Civil Veterinary Department. Central Provinces & Berar 1925-31 - 1925-1931
Year: 1925
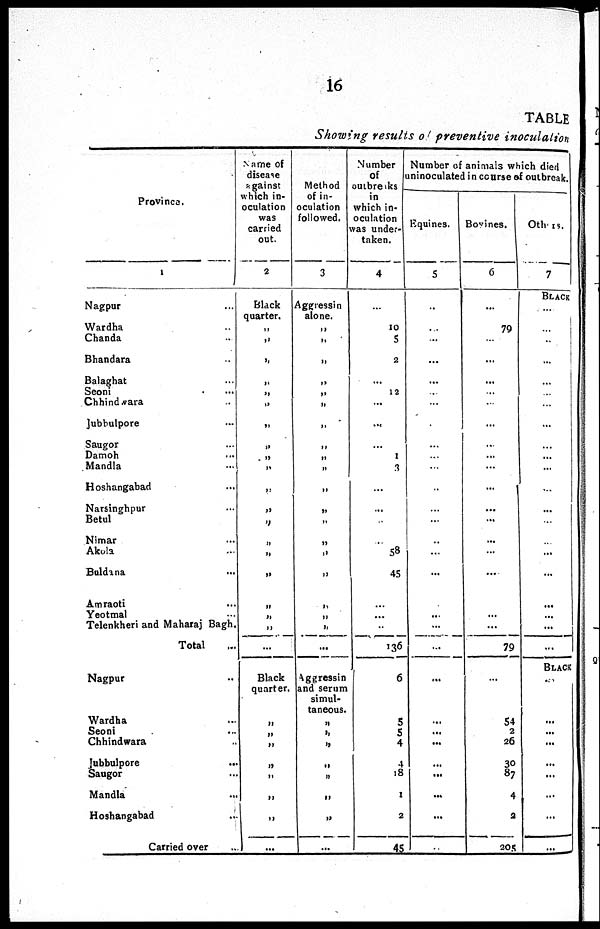
16
TABLE
Showing results of preventive inoculation
Province.
1
Nagpur ...
Wardha ...
Chanda ...
Bhandara ...
Balaghat ...
Seoni ...
Chhindnara ...
Jubbulpore ...
Sangor ...
Damoh ...
Mandla ...
Hoshangabad ...
Narslnghpur ...
Betul ...
Nimar ...
Akola ...
Buldana ...
Amraoti ...
Yeotmal ...
Telenkheri and Maharaj Bagh.
Total
Nagpar ...
Wardha ...
Seoni ...
Chhindwara ...
Jubbulpore ...
Sangor ...
Mandia ...
Hoshangabad ...
Carried over ...
Name of
disease
against
which in-
ocalation
was
carried
out.
2
Black
quarter.
„
„
„
„
„
„
„
„
„
„
„
„
„
„
„
„
„
„
„
...
Black
quarter.
„
„
„
„
„
„
„
...
Method
of in-
oculation
followed.
3
Aggressin
alone.
„
„
„
„
„
„
„
„
„
„
„
„
„
„
„
„
„
„
„
...
Aggressin
and serum
simul-
taneous.
„
„
„
„
„
„
„
...
Number
Of
outbreaks
in
which in-
oculation
was under-
taken.
4
...
...
10
5
2
...
12
...
...
...
1
3
...
...
..
..
58
45
...
...
..
136
6
5
5
4
4
18
1
2
45
Number of animals which died
uninocalated in course of outbreak.
Equines.
5
...
...
...
...
...
...
...
...
...
...
...
...
...
...
..
...
...
...
...
...
...
...
...
...
...
...
...
...
...
...
Bovines.
6
...
79
...
...
...
...
...
...
...
...
...
...
...
...
...
...
...
...
...
79
...
54
2
26
30
87
4
2
205
Others.
7
BLACK
...
...
..
...
...
...
...
...
...
...
...
...
...
...
...
...
...
...
...
...
BLACK
..
...
...
...
...
...
...
...